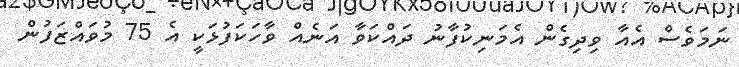
ނަމަވެސް އެއާ ވިދިގެން އެމަނިކުފާނު ދައްކަވާ އަނެއް ވާހަކަފުޅަކީ އެ 75 މުވައްޒަފުން